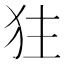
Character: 㹥